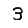
Digit: 3